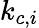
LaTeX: k_{c,i}